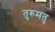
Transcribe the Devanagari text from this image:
तुरुमतु